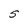
Character: S